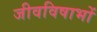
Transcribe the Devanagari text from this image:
जीवविषाभों